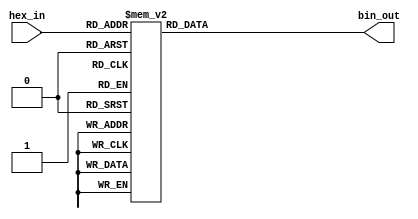
module hex_to_bin_encoder (
    input  wire [3:0] hex_in,  // 4-bit input representing the hexadecimal digit
    output reg  [3:0] bin_out   // 4-bit output representing the binary equivalent
);

    always @(*) begin
        case (hex_in)
            4'b0000: bin_out = 4'b0000; // hex 0  bin 0
            4'b0001: bin_out = 4'b0001; // hex 1  bin 1
            4'b0010: bin_out = 4'b0010; // hex 2  bin 2
            4'b0011: bin_out = 4'b0011; // hex 3  bin 3
            4'b0100: bin_out = 4'b0100; // hex 4  bin 4
            4'b0101: bin_out = 4'b0101; // hex 5  bin 5
            4'b0110: bin_out = 4'b0110; // hex 6  bin 6
            4'b0111: bin_out = 4'b0111; // hex 7  bin 7
            4'b1000: bin_out = 4'b1000; // hex 8  bin 8
            4'b1001: bin_out = 4'b1001; // hex 9  bin 9
            4'b1010: bin_out = 4'b1010; // hex A  bin 10
            4'b1011: bin_out = 4'b1011; // hex B  bin 11
            4'b1100: bin_out = 4'b1100; // hex C  bin 12
            4'b1101: bin_out = 4'b1101; // hex D  bin 13
            4'b1110: bin_out = 4'b1110; // hex E  bin 14
            4'b1111: bin_out = 4'b1111; // hex F  bin 15
            default: bin_out = 4'b0000; // Undefined input  default to bin 0
        endcase
    end

endmodule